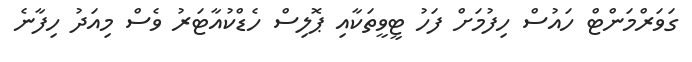
ގަވަރްމަންޓް ހައުސް ހިފުމަށް ފަހު ޓީވީތަކާއި ޕޮލިސް ހެޑްކުއާޓަރު ވެސް މިއަދު ހިފާނެ